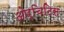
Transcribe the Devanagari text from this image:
ओर्चिटिस